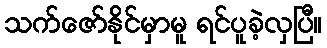
သက်ဇော်နိုင်မှာမူ ရင်ပူခဲ့လှပြီ။